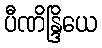
ပီဏိန္ဒြိယေ